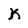
Character: K